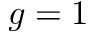
g = 1